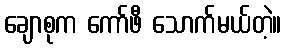
ချောစုက ကော်ဖီ သောက်မယ်တဲ့။